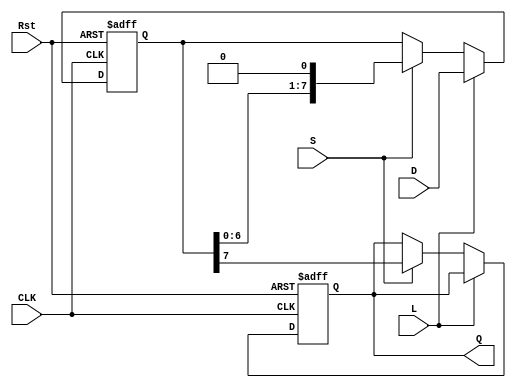
module PISO_Register #(
    parameter WIDTH = 8  // Width of the register
)(
    input wire [WIDTH-1:0] D,      // Parallel data inputs
    input wire L,                   // Load control signal
    input wire S,                   // Shift control signal
    input wire CLK,                 // Clock signal
    input wire Rst,                 // Asynchronous reset signal
    output reg Q                   // Serial output
);

    reg [WIDTH-1:0] R;              // Shift register

    always @(posedge CLK or posedge Rst) begin
        if (Rst) begin
            R <= {WIDTH{1'b0}};      // Reset the register to 0
            Q <= 1'b0;               // Reset serial output
        end else begin
            if (L) begin
                R <= D;              // Load parallel data into the shift register
            end else if (S) begin
                Q <= R[WIDTH-1];     // Output the MSB to Q
                R <= {R[WIDTH-2:0], 1'b0}; // Shift right, filling with 0
            end
            // If neither L nor S is asserted, retain the current state
        end
    end

endmodule